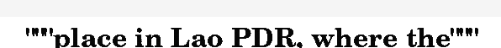
"""place in Lao PDR, where the"""